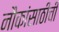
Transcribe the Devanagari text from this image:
नौकांसाठीची